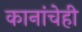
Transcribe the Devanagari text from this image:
कानांचेही